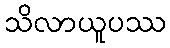
သိလာယူပဿ